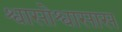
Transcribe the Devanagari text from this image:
श्वासोश्वासास